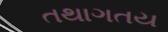
તથાગતય